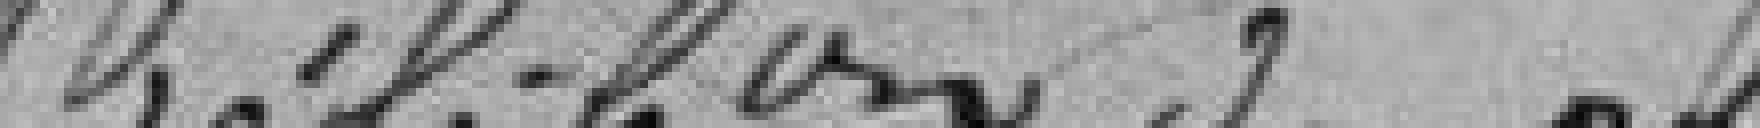
Vu la délibération du conseil